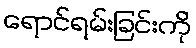
ရောင်ရမ်းခြင်းကို